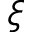
\xi